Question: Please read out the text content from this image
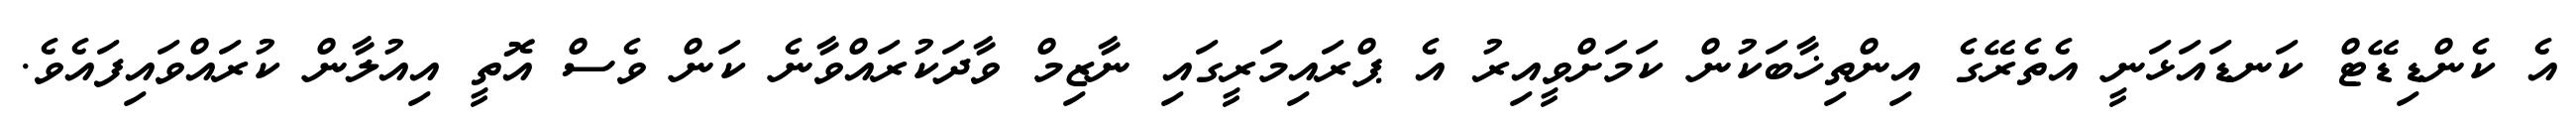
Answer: އެ ކެންޑިޑޭޓް ކަނޑައަޅަނީ އެތެރޭގެ އިންތިޚާބަކުން ކަމަށްވީއިރު އެ ޕްރައިމަރީގައި ނާޒިމް ވާދަކުރައްވާނެ ކަން ވެސް އޮތީ އިއުލާން ކުރައްވައިފައެވެ.